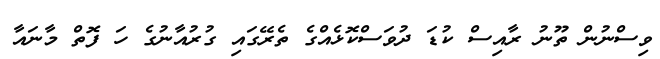
ވިސްނުން ތޫނު ރާއިސް ކުޑަ ދުވަސްކޮޅެއްގެ ތެރޭގައި ގުރުއާނުގެ ހަ ފޮތް މާނައާ